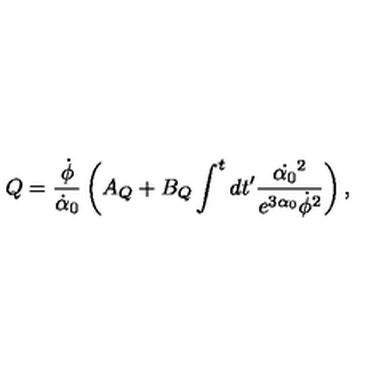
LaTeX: Q = \frac { \dot { \phi } } { \dot { \alpha } _ { 0 } } \left( A _ { Q } + B _ { Q } \int ^ { t } d t ^ { \prime } \frac { \dot { \alpha _ { 0 } } ^ { 2 } } { e ^ { 3 \alpha _ { 0 } } \dot { \phi } ^ { 2 } } \right) ,